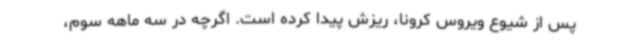
پس از شیوع ویروس کرونا، ریزش پیدا کرده است. اگرچه در سه ماهه سوم،